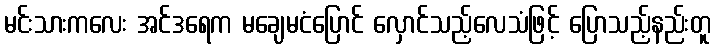
မင်းသားကလေး အင်ဒရေက မချေမငံပြောင် လှောင်သည့်လေသံဖြင့် ပြောသည့်နည်းတူ